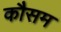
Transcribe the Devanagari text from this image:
कौसम